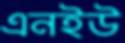
এনইউ